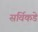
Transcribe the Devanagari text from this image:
सर्विकडे